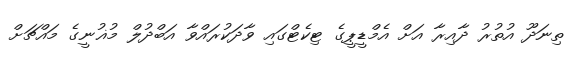
ތިނަދޫ އުތުރު ދާއިރާ އަށް އެމްޑީޕީގެ ޓިކެޓްގައި ވާދަކުރައްވާ އަބްދުލް މުޣުނީގެ މައްޗަށް